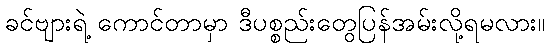
ခင်ဗျားရဲ့ ကောင်တာမှာ ဒီပစ္စည်းတွေပြန်အမ်းလို့ရမလား။